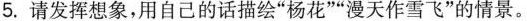
5.请发挥想象，用自己的话描绘”杨花””漫天作雪飞”的情景。